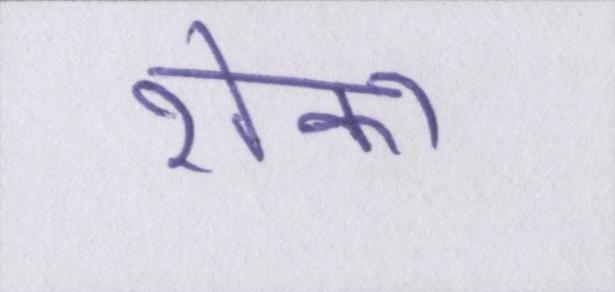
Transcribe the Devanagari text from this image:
रोका